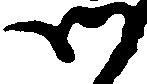
御